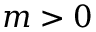
m > 0